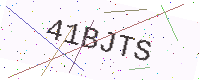
Text: 41BJTS